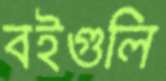
বইগুলি